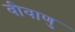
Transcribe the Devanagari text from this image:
वीवाणु